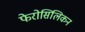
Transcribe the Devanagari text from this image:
फेरोसिलिकन